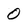
Character: O